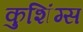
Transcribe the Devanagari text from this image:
कुशिंग्स